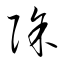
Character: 除